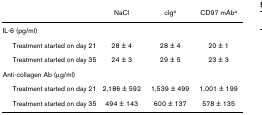
<table><thead><tr><td></td><td><b>NaCl</b></td><td><b>cIg<sup>a</sup></b></td><td><b>CD97 mAb<sup>a</sup></b></td></tr></thead><tbody><tr><td>IL-6 (pg/ml)</td><td></td><td></td><td></td></tr><tr><td> Treatment started on day 21</td><td>28 ± 4</td><td>28 ± 4</td><td>20 ± 1</td></tr><tr><td> Treatment started on day 35</td><td>24 ± 3</td><td>29 ± 5</td><td>23 ± 3</td></tr><tr><td>Anti-collagen Ab (μg/ml)</td><td></td><td></td><td></td></tr><tr><td> Treatment started on day 21</td><td>2,186 ± 592</td><td>1,539 ± 499</td><td>1,001 ± 199</td></tr><tr><td> Treatment started on day 35</td><td>494 ± 143</td><td>600 ± 137</td><td>578 ± 135</td></tr></tbody></table>